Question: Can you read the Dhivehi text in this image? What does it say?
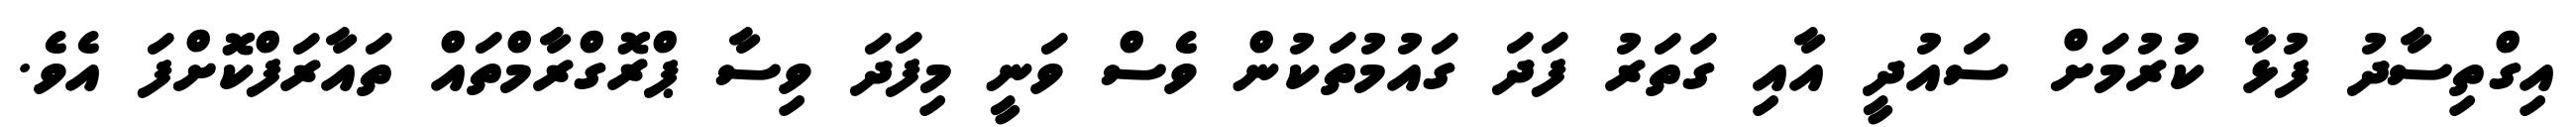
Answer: އިގްތިސާދު ފުޅާ ކުރުމަށް ސައުދީ އާއި ގަތަރު ފަދަ ގައުމުތަކުން ވެސް ވަނީ މިފަދަ ވިސާ ޕްރޮގްރާމްތައް ތައާރަފްކޮށްފަ އެވެ.